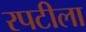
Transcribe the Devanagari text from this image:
रपटीला